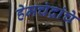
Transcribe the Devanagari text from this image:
हेमचंद्रांचे